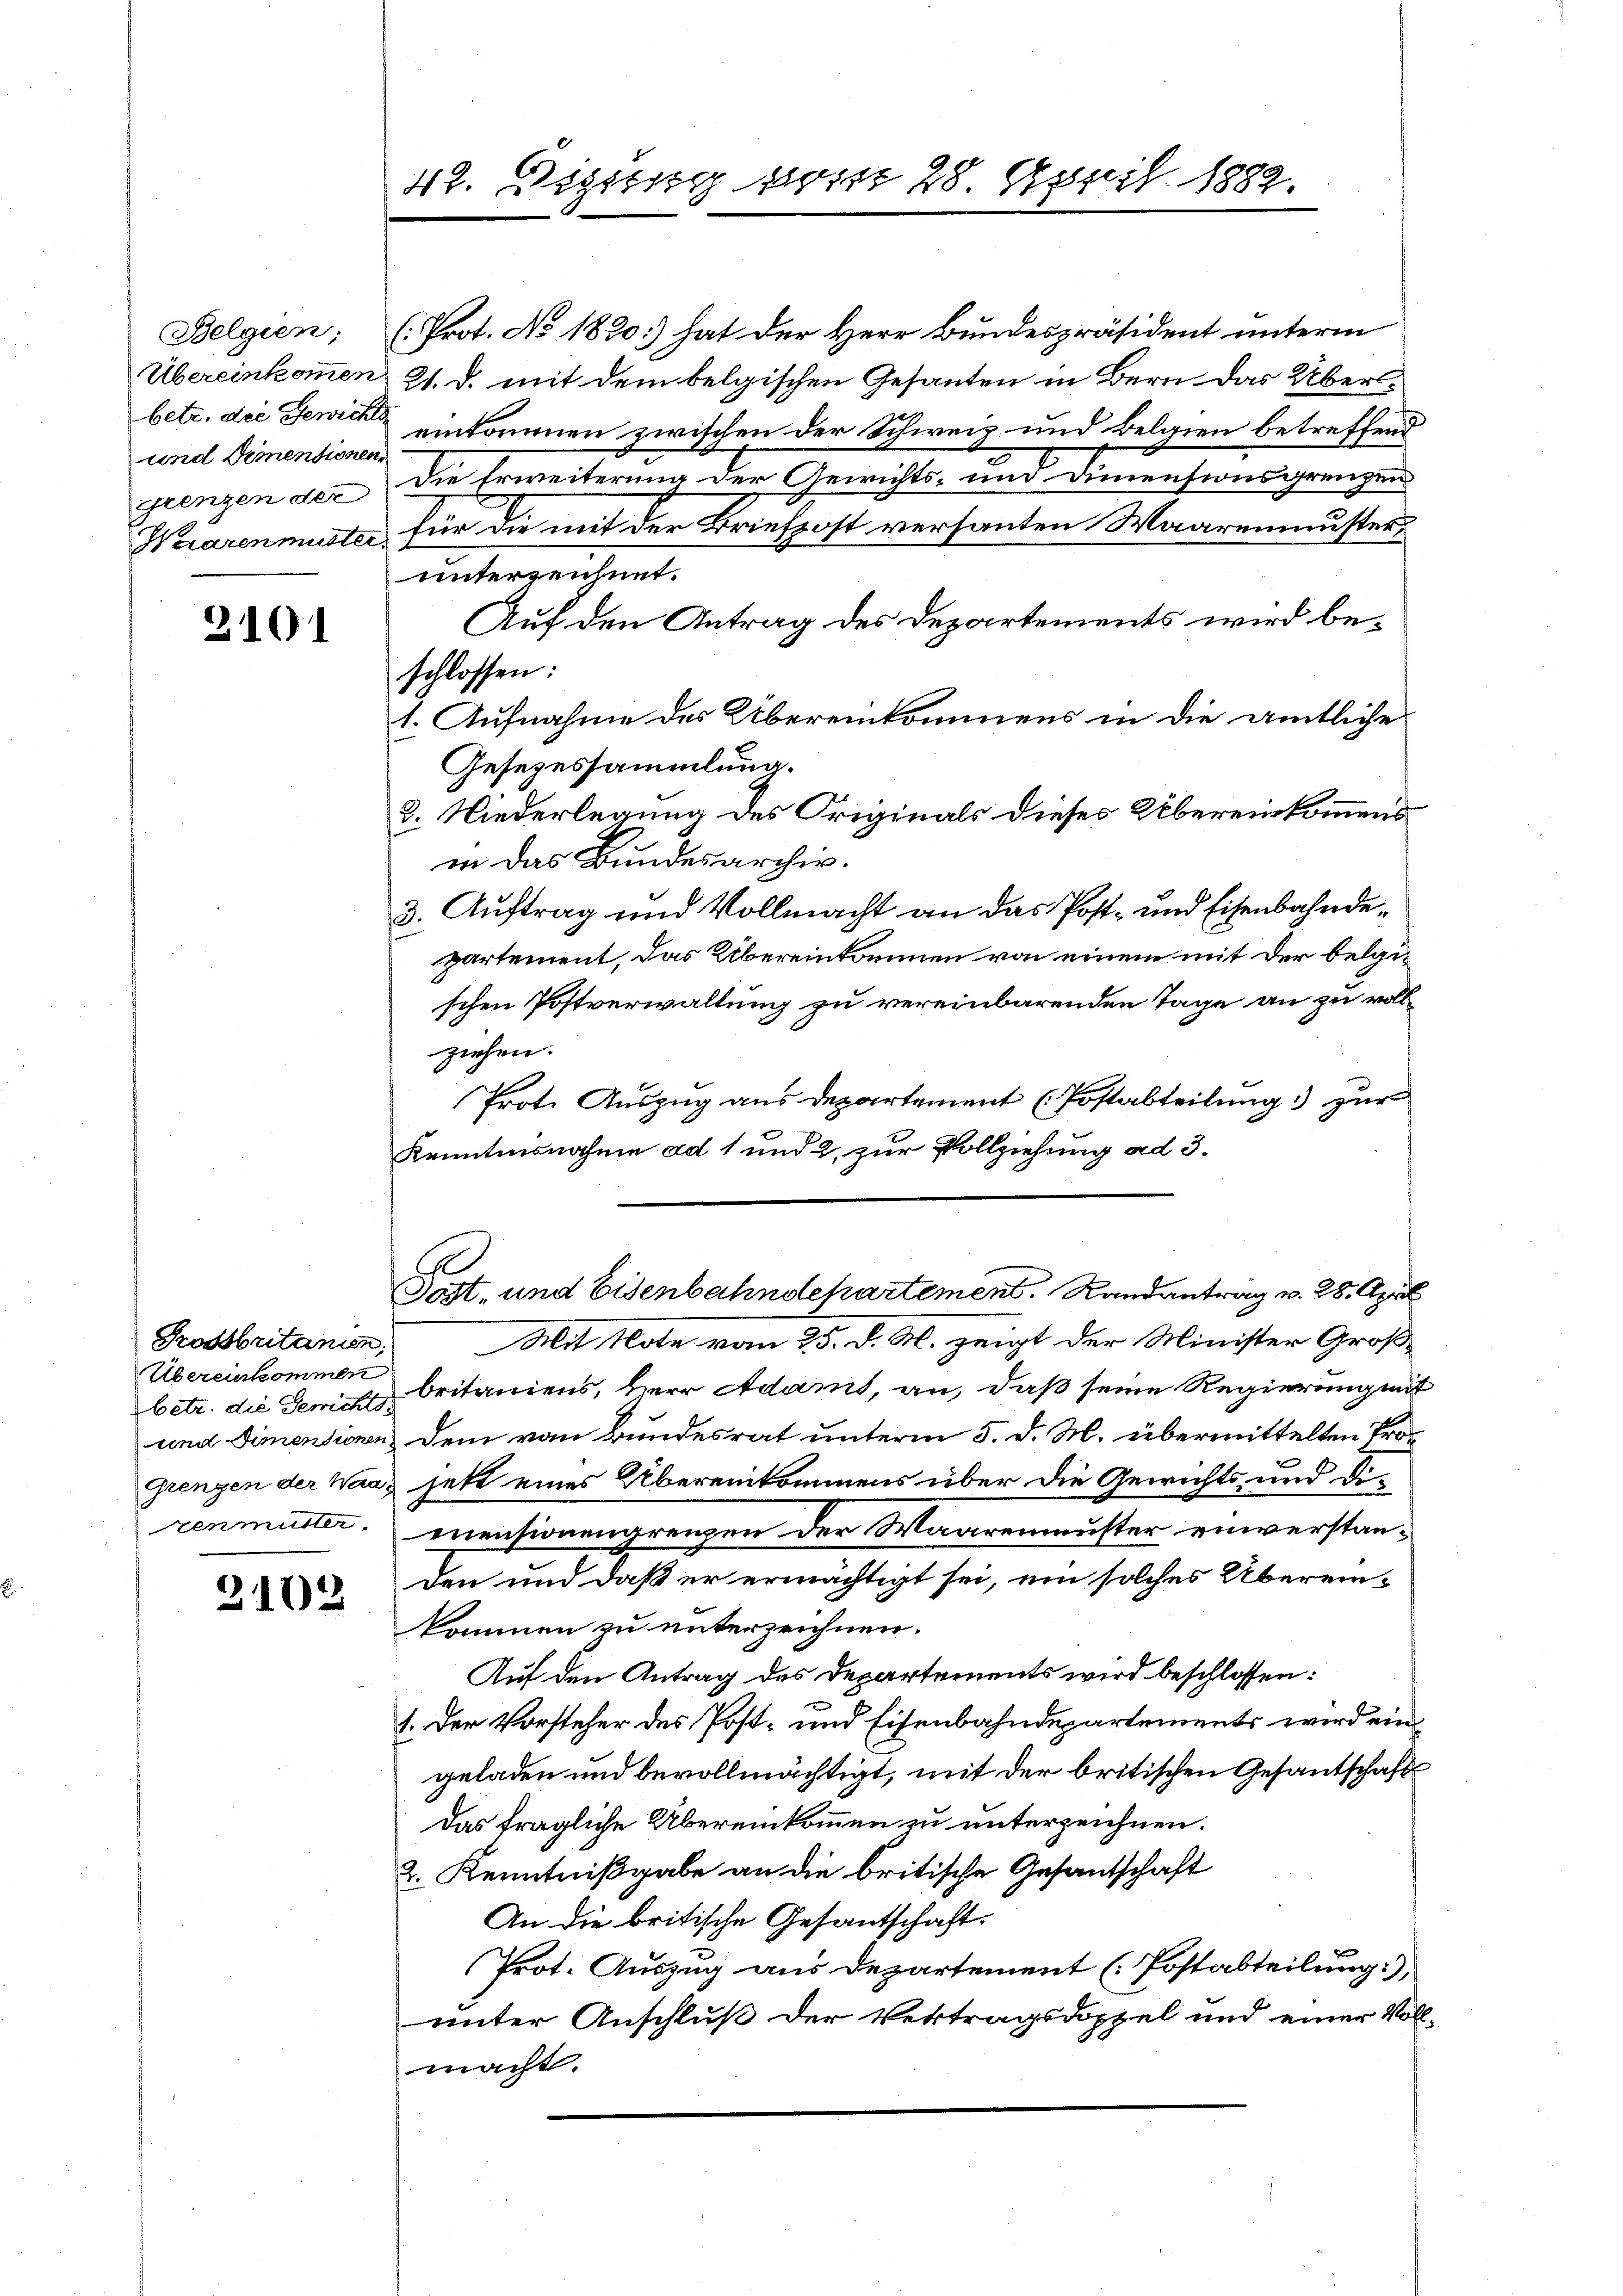
Belgien;
Übereinkommen
betr. die Gewiche
und dementionen
istenzen der

2101

Grossbritanien.
Übereinkommen
zenmuster.

2102

(Prot. No 1830) hat der Herr Bundespräsident unterm

42. Disses vom 28. April 1882.

21. d. mit dem belgischen Gesanten in Bern. Das Übereinkommen zwischen der Schweiz und Belgien betreffend
Die Erweiterung der Gewichts- und Diensionsgrenzen
Waarenmuster für die mit der Briefpost versanten Waarenmuster
unterzeichnet.
Auf den Antrag des Departements wird beschlossen:
1. Aufnahme des Übereinkommens in die amtliche
Gesezessammlung.
2. Niederlegung des Originals dieses Übereinkommens
in das Bundesarchiv.
3. Auftrag und Vollmacht an das Post- und Eisenbahndepartement, das Übereinkommen von einem mit der belgischen Postverwaltung zu vereinbarenden Tage an zu vollziehen.
Prote Auszug aus Departement (Postabteilung zur
Kenntnisnahme ad 1 und 2, zur Vollziehung ad 3.
Post, und Eisenbahndepartemens Randantrag v. 28. April
Mit Note vom 25. d. M. zeigt der Minister Groß-
betr. die Gerich Oritaniens, Herr Adams, an, daß seine Regierung mit
und Dimensionen dem von Bundesrat unterm 5. d. M. übermittelten Pro¬
Grenzen der Waag jetzt eines Übereinkommens über die Gewichts- und Dimnensionengrenzen der Waarenmuster einverstanden und daß er ermächtigt sei, ein solches Überein-
kommen zu unterzeichnen.
Auf den Antrag des Departements wird beschlossen:
1. Der Vorsteher des Post- und Eisenbahndepartements wird ein
geladen und bevollmächtigt, mit der britischen Gesantschaft
Das fragliche Übereinkommen zu unterzeichnen.
2. Kenntnißgabe an die britische Gesantschaft
An die britische Gesantschaft.
Prot. Auszug aus Departement (Postabteilung),
unter Anschluß der Vertragsdoppel und einer Vollmacht.